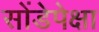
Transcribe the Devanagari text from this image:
सोंडेपेक्षा